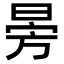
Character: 𣃸